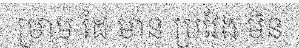
ម្រាម ដៃ មាន ប្រវែង មិន